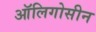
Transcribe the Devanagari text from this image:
ऑलिगोसीन